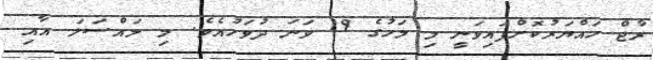
ރާޖް ހައްޔަރުކޮށްފައިވަނީ މި މަހުގެ 19 ވަނަ ދުވަހުއެވެ. މި މައްސަލަ އާއި